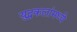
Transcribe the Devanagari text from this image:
युद्धकलांमध्ये